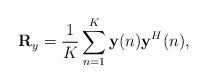
LaTeX: \begin{align*}\mathbf{R}_y=\frac{1}{K}\sum\limits_{n=1}^{K}\mathbf{y}(n)\mathbf{y}^{H}(n),\end{align*}